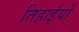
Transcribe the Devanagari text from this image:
तिहाईयों